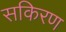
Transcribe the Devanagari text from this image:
सकिरण